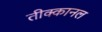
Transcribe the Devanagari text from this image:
तीक्कानल